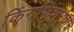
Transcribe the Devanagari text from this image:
किंगफिशरचाच